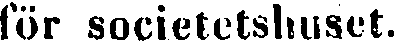
för societetshuset.